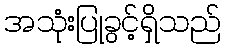
အသုံးပြုခွင့်ရှိသည်